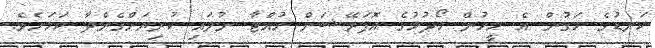
ކަނޑުގެ މަގުން އެ މީހުން ހޯދުމުގެ އޮޕަރޭޝަން ހުއްޓާ ނުލައި ކުރިޔަށްގެންދާ ކަމަށެވެ.